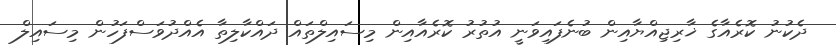
ދެކުނު ކޮރެއާގެ ޚާރިޖިއްޔާއިން ބުނެފައިވަނީ އުތުރު ކޮރެއާއިން މިސައިލްތައް ދައްކާލިތާ އެއްދުވަސްފަހުން މިސައިލް